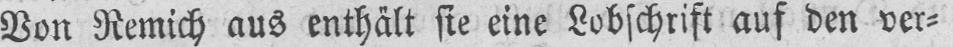
Von Remich aus enthält sie eine Lobschrift auf den ver⸗